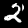
Label: 2